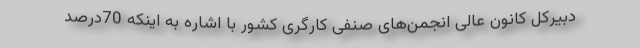
دبیرکل کانون عالی انجمن‌های صنفی کارگری کشور با اشاره به اینکه 70درصد